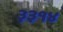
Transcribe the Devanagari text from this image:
३३१४